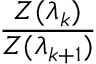
\frac { Z ( \lambda _ { k } ) } { Z ( \lambda _ { k + 1 } ) }